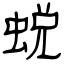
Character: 蜕